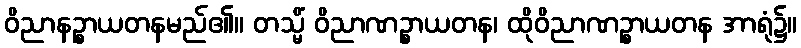
ဝိညာနဉ္စာယတနမည်၏။ တသ္မိံ ဝိညာဏဉ္စာယတန၊ ထိုဝိညာဏဉ္စာယတန အာရုံ၌။